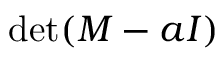
\operatorname* { d e t } ( M - a I )